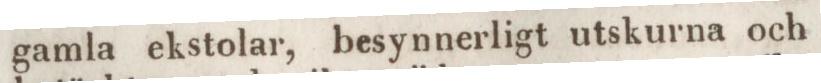
gamla ekstolar, besynnerligt utskurna och